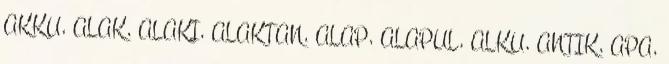
AKKU, ALAK, ALAKI, ALAKTAN, ALAP, ALAPUL, ALKU, ANTIK, APA,